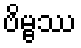
ဗိမ္ဗဿ